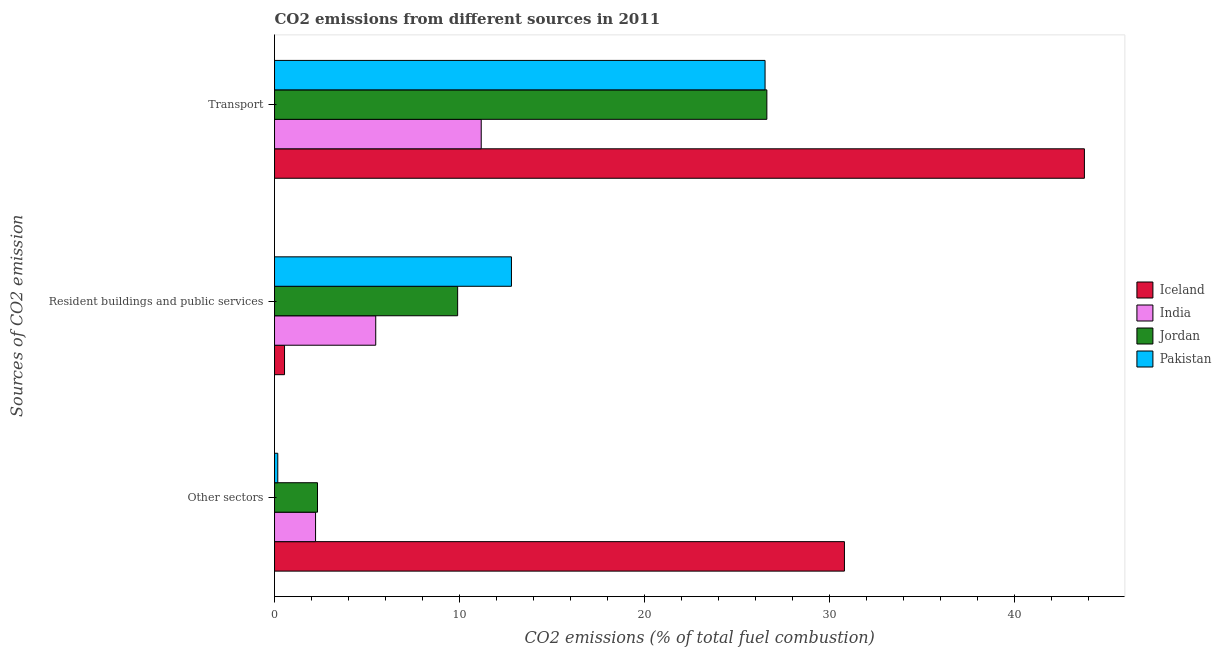
| Sources of CO2 emission | Iceland | India | Jordan | Pakistan |
 | --- | --- | --- | --- | --- |
 | Other sectors | 30.8 | 2.22 | 2.32 | 0.176 |
 | Resident buildings and public services | 0.541 | 5.47 | 9.9 | 12.8 |
 | Transport | 43.8 | 11.2 | 26.6 | 26.5 |